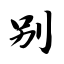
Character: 别